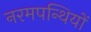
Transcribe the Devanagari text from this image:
नरमपन्थियों